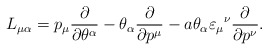
\begin{align*}L_{\mu \alpha} = p_{\mu} \frac{\partial}{\partial \theta^{\alpha}}- \theta_{\alpha} \frac{\partial}{\partial p^{\mu}} - a \theta_{\alpha}\varepsilon_{\mu}{}^{\nu} \frac{\partial}{\partial p^{\nu}}. \\\end{align*}